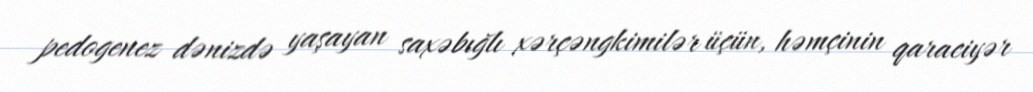
pedogenez dənizdə yaşayan saxəbığlı xərçəngkimilər üçün, həmçinin qaraciyər